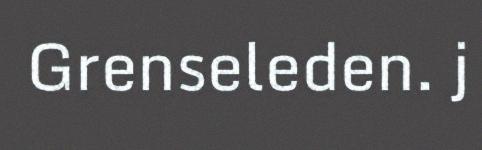
Grenseleden. j